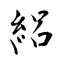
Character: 絽